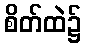
စိတ်ထဲ၌